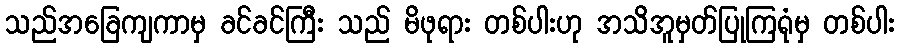
သည်အခြေကျကာမှ ခင်ခင်ကြီး သည် မိဖုရား တစ်ပါးဟု အသိအူမှတ်ပြုကြရုံမှ တစ်ပါး